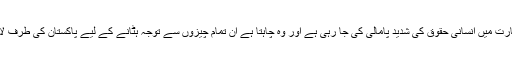
ڈی جی آئی ایس پی آر کا کہنا تھا کہ بھارت میں انسانی حقوق کی شدید پامالی کی جا رہی ہے اور وہ چاہتا ہے ان تمام چیزوں سے توجہ ہٹانے کے لیے پاکستان کی طرف لائن آف کنٹرول پر ایڈوانچرازم کیا جائے۔